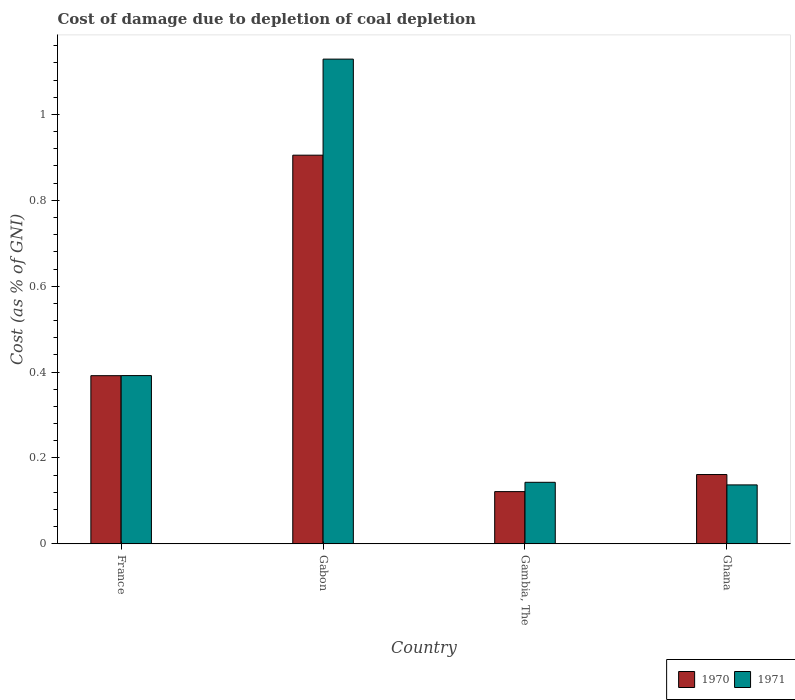
| Country | 1970 | 1971 |
 | --- | --- | --- |
 | France | 0.392 | 0.392 |
 | Gabon | 0.905 | 1.13 |
 | Gambia, The | 0.122 | 0.143 |
 | Ghana | 0.161 | 0.137 |